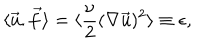
\langle \vec { \mathrm { u } } . \vec { f } \rangle = \langle { \frac { \nu } { 2 } } ( \nabla \vec { \mathrm { u } } ) ^ { 2 } \rangle \equiv \epsilon ,